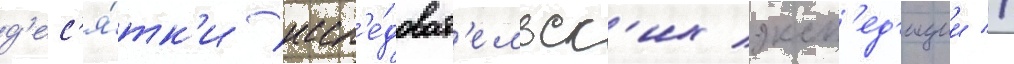
д'ес'я́тк'и иссл'е́доват'ельск'их эксп'ед'иции //